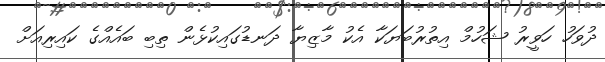
ދުވަހު ހަވީރު ޝަހުމް އިތުރުބަޔަކާ އެކު މާޒިޔާ ދަނޑުގައިކުޅެން ތިބި ބައެއްގެ ކައިރިއަށް